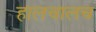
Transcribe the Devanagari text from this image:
हालचालच